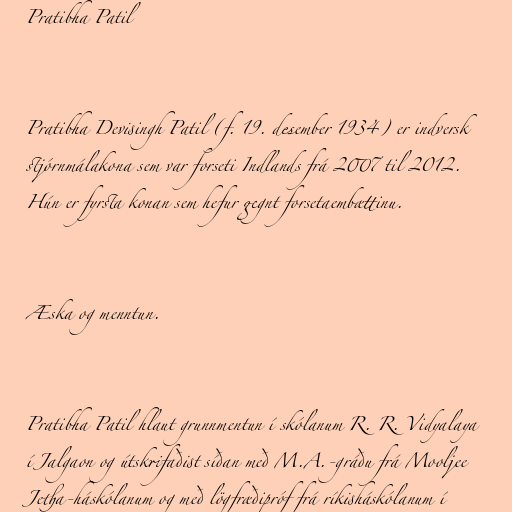
Pratibha Patil

Pratibha Devisingh Patil (f. 19. desember 1934) er indversk
stjórnmálakona sem var forseti Indlands frá 2007 til 2012.
Hún er fyrsta konan sem hefur gegnt forsetaembættinu.

Æska og menntun.

Pratibha Patil hlaut grunnmentun í skólanum R. R. Vidyalaya
í Jalgaon og útskrifaðist síðan með M.A.-gráðu frá Mooljee
Jetha-háskólanum og með lögfræðipróf frá ríkisháskólanum í